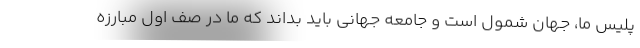
پلیس ما، جهان شمول است و جامعه جهانی باید بداند که ما در صف اول مبارزه